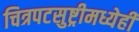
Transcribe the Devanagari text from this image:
चित्रपटसुष्ट्रीमध्येही